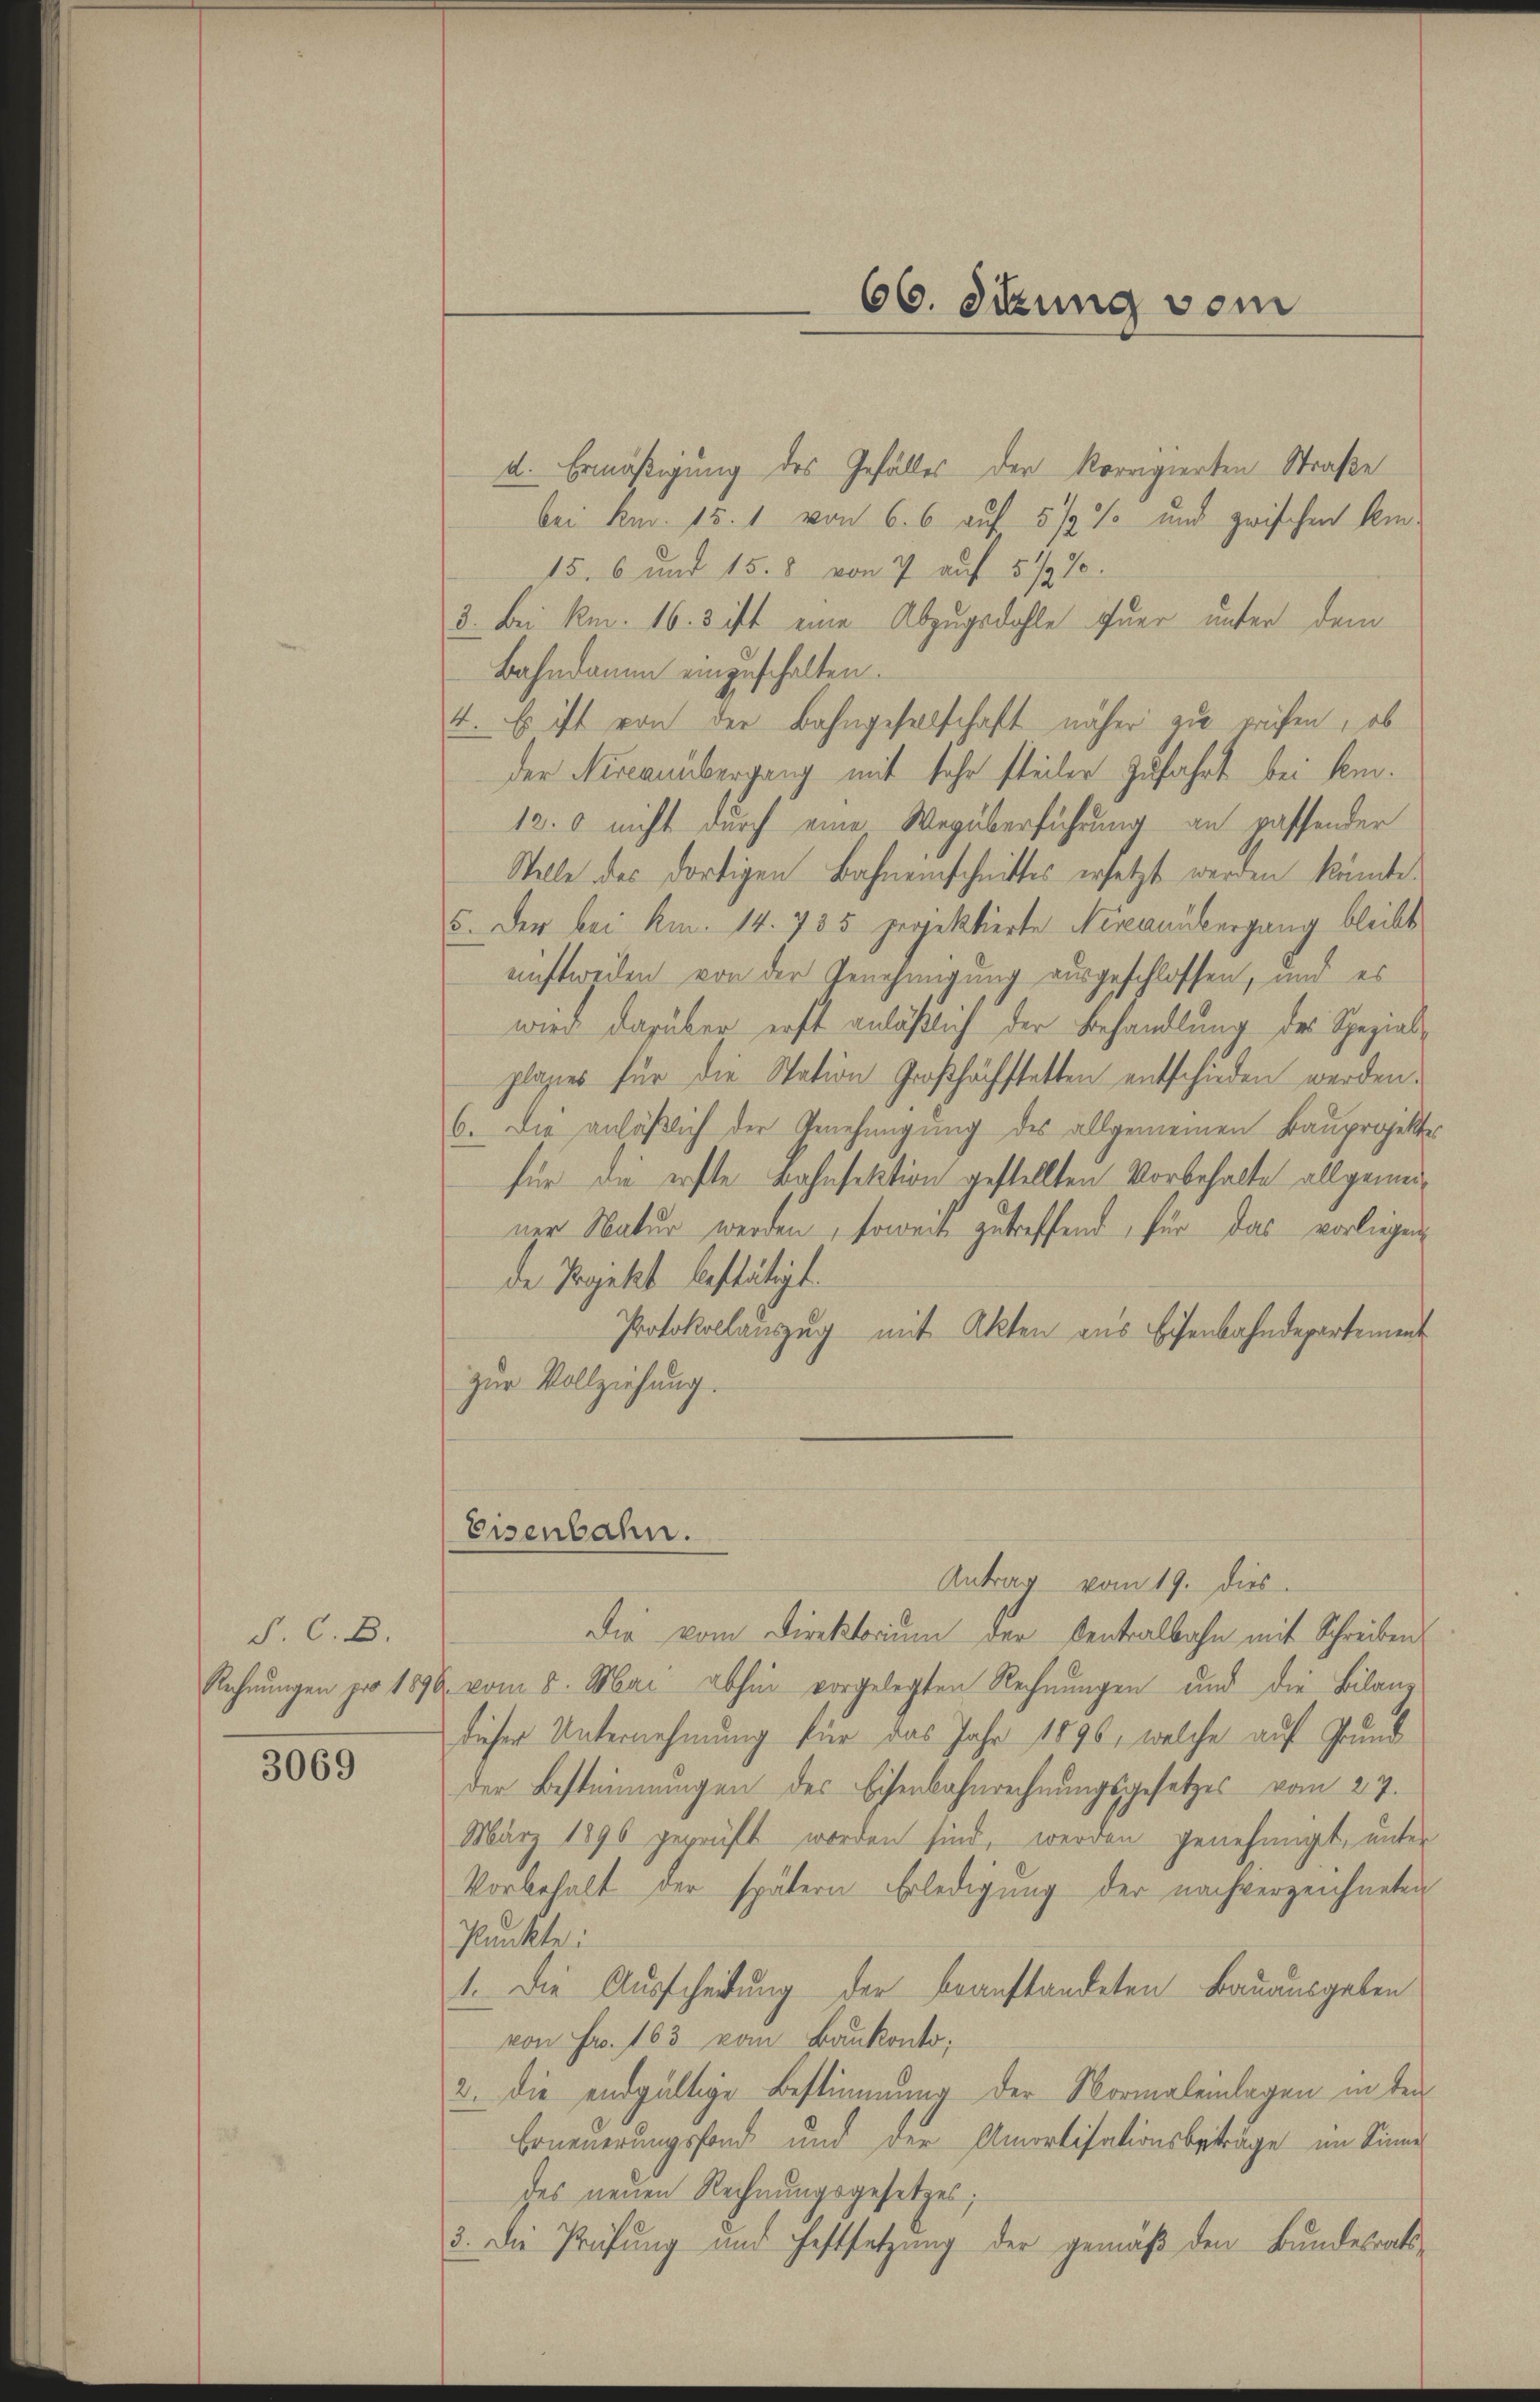
§. C. B.

3069

4. Ermäßigung des Gefälles der korrigierten Straße
bei kn. 15. 1 von 6. 6 auf 5 1/2 % und zwischen Kin¬
15. 6 und 15. 8 von 7 auf 5 1/2%
3. Bei kn. 16. 3 ist eine Abzugsdohle fuer unter dem
Bahndamm einzuschalten.
4. Es ist von der Bahngesellschaft näher zu prüfen, ob
der Niccanübergang mit sehr steiler zufahrt bei kom¬
12. 0 nicht durch eine Wegüberführung an passender
Stelle des dortigen Bahneischnittes ersetzt werden könnte.
5. Der bei Am. 14. 785 projektierte Nixonübergang bleibt
nichtweilen von der Genehmigung ausgeschlossen, und es
wird darüber erst anläßlich der Behandlung des Spezialplasies für die Station Großhöchstetten entschieden werden.
6. Die anläßlich der Genehmigung des allgemeinen Bauprojekter
für die erste Bahnsektion gestellten Vorbehalte allgemeiner Natur werden, soweit zutreffend, für das vorliegen
de Projekt bestätigt.
Protokollauszug mit Akten aus Eisenbahndepartement
zur Vollziehung.

Antrag vom 19. dies
Die vom Direktorium der Centralbahn mit Schreiben
Rechnungen pro 1876 vom 5. Mai abhin vorgelegten Rechnungen und die Bilanz
dieser Unternehmung für das Jahr 1896, welche auf Grundder Bestimmungen des Eisenbahnrechnungsgesetzes vom 27.
März 1890 geprüft worden sind, werden genehmigt, unter
Vorbehalt der spätern Erledigung der nachverzeichneten
Punkte:
1. Die Ausscheidung der beanstandeten Bauausgeben
von Fr. 163 vom Baukonto;
2. Die endgültige Bestimmung der Normaleinlagen in den
Erneuerungsfond und der Amortisationsbeträge im Sinne
des neuen Rechnungsgesetzes;
3. Die Prüfung und Festsetzung der gemäß den Bundesrats-

Eisenbahn.

66. Sekung vom